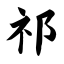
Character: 祁